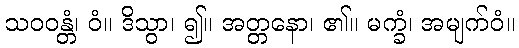
သဝဝန္တံ၊ ဝံ။ ဒိသွာ၊ ၍။ အတ္တနော၊ ၏။ မက္ခံ၊ အမျက်ဝံ။